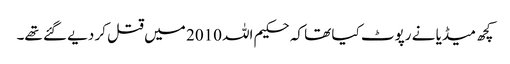
کچھ میڈیا نے رپوٹ کیا تھا کہ حکیم اللہ 2010 میں قتل کر دیے گئے تھے۔